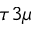
\tau 3 \mu